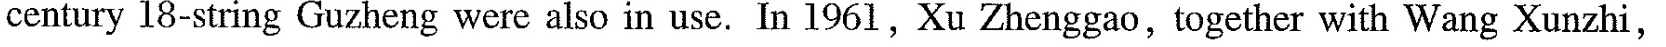
century 18-string Guzheng were also in use. In 1961,Xu Zhenggao, together with Wang Xunzhi,